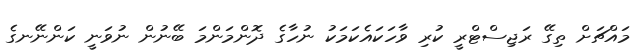
މައްޗަށް ތިގޭ ރަޖިސްޓްރީ ކުރި ވާހަކައެކަމަކު ނުހާގެ ދޮންމަންމަ ބޭނުން ނުވަނީ ކަންނޭނގެ